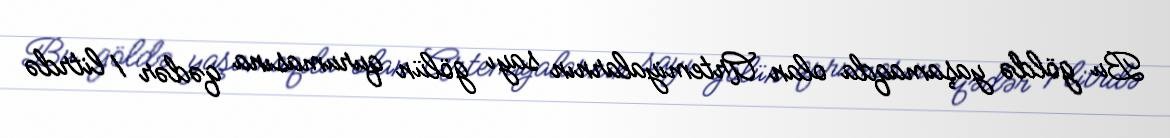
Bu göldə yaşamaqda olan Artemiyalarnın sayı gölün qurumasına qədər 1 litrdə